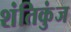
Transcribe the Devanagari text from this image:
शंतिकुंज